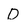
Character: D